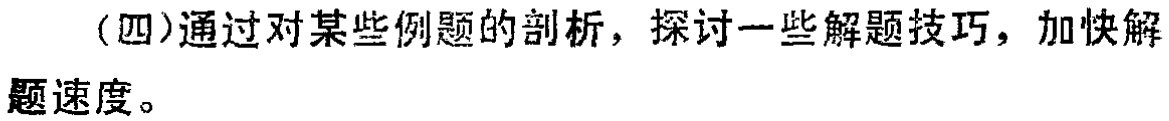
（四）通过对某些例题的剖析，探讨一些解题技巧，加快解题速度。